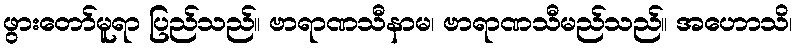
ဖွားတော်မူရာ ပြည်သည်။ ဗာရာဏသီနာမ၊ ဗာရာဏသီမည်သည်။ အဟောသိ၊